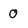
Character: 0